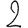
Digit: 2